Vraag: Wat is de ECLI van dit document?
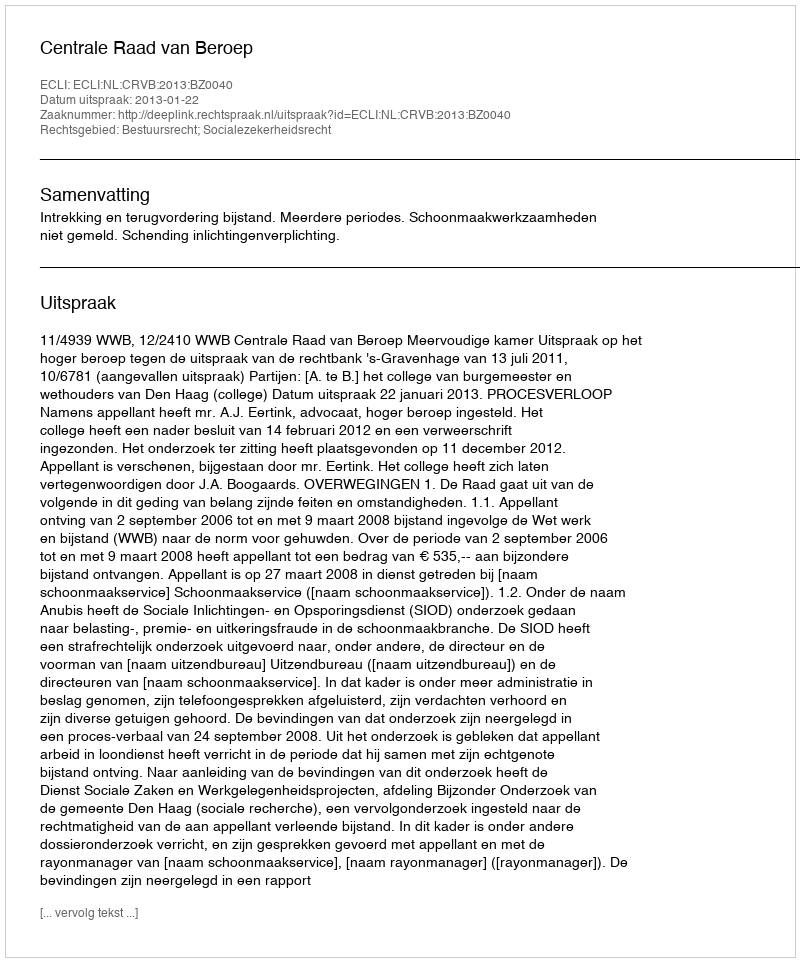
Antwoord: ECLI:NL:CRVB:2013:BZ0040